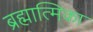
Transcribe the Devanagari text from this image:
ब्रह्मात्मिका